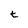
Character: t